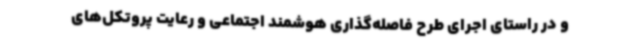
و در راستای اجرای طرح فاصله‌گذاری هوشمند اجتماعی و رعایت پروتکل‌های